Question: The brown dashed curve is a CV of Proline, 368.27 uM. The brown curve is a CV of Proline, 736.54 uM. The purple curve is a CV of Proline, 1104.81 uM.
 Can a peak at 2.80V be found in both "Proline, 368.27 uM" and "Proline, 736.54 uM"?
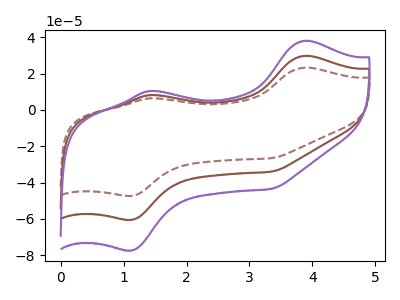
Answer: <think>The brown dashed curve "Proline, 368.27 uM" has anodic peaks at (3.90V, 23.30uA) (1.45V, 6.40uA) and cathodic peaks at (1.10V, -47.35uA) (3.35V, -26.60uA). The brown curve "Proline, 736.54 uM" has anodic peaks at (3.90V, 29.75uA) (1.45V, 8.20uA) and cathodic peaks at (1.10V, -60.50uA) (3.35V, -34.00uA). The purple curve "Proline, 1104.81 uM" has anodic peaks at (3.90V, 59.50uA) (1.45V, 16.35uA) and cathodic peaks at (1.10V, -121.05uA) (3.35V, -68.00uA).</think>
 <answer>No, "Proline, 368.27 uM" and "Proline, 736.54 uM" dont share a peak at 2.80V.</answer>
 <eval>mismatch</eval>